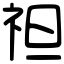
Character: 𥘵